Vaccination in Burma 1889-1999 - 1889-1999
Year: 1889
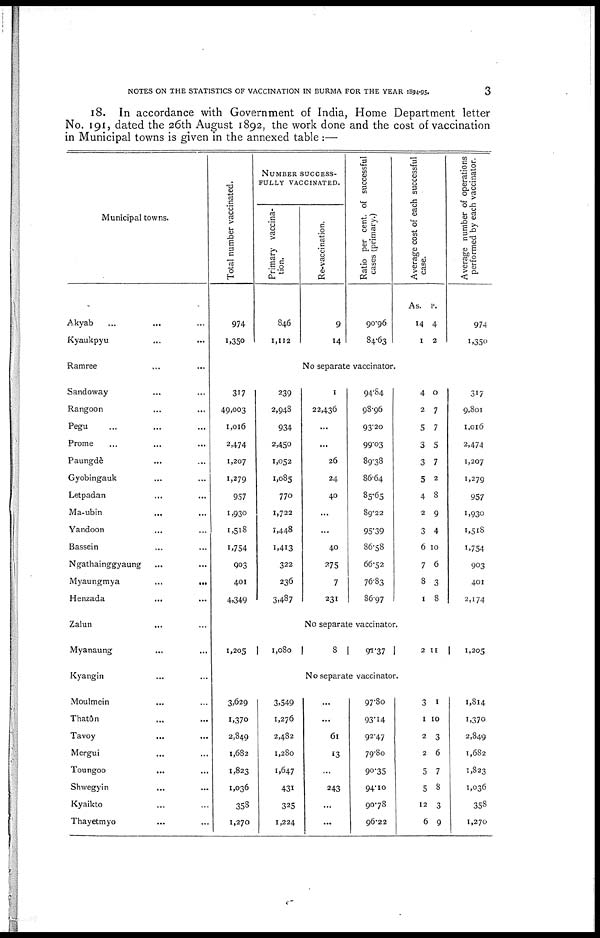
NOTES ON THE STATISTICS OF VACCINATION IN BURMA FOR THE YEAR 1894-95.
3
18. In accordance with Government of India, Home Department letter
No. 191, dated the 26th August 1892, the work done and the cost of vaccination
in Municipal towns is given in the annexed table:—
Municipal towns.
Akyab ... ... ...
Kyaukpyu ... ... ...
Ramree ... ... ...
Sandoway ... ... ...
Rangoon ... ... ...
Pegu ... ... ...
Prome ... ...
Paungdè ... ...
Gyobingauk ... ...
Letpadan ... ...
Ma-ubin ... ...
Yandoon ... ...
Bassein ... ...
Ngathainggyaung ... ...
Myaungmya
...
...
Henzada ... ...
Zalun
...
...
Myanaung ... ...
Kyangin ... ...
Moulmein ... ...
Thatôn ... ...
Tavoy ... ...
Mergui ... ...
Toungoo ... ...
Shwegyin ... ...
Kyaikto ... ...
Thayetmyo ... ...
Total number vaccinated.
974
1,350
NUMBER SUCCESS-
FULLY VACCINATED.
Primary vaccina-
tion.
846
1,112
Re-vaccination.
9
14
Ratio per cent. of successful
cases (primary.)
90.96
84.63
Average cost of each successful
case.
As.
14
1
P.
4
2
Average number of operations
performed by each vaccinator.
974
1,350
No separate vaccinator.
317
49,003
1,016
2,474
1,207
1,279
957
1,930
1,518
1,754
903
401
4,349
239
2,948
934
2,450
1,052
1,085
770
1,722
1,448
1,413
322
236
3,487
1
22,436
...
...
26
24
40
...
...
40
275
7
231
94.84
98.96
93.20
99.03
89.38
86.64
85.65
89.22
95.39
86.58
66.52
76.83
86.97
4
2
5
3
3
5
4
2
3
6
7
8
1
0
7
7
5
7
2
8
9
4
10
6
3
8
317
9,801
1,016
2,474
1,207
1,279
957
1,930
1,518
1,754
903
401
2,174
No separate vaccinator.
1,205
1,080
8
91.37
2 11
1,205
No separate vaccinator.
3,629
1,370
2,849
1,682
1,823
1,036
353
1,270
3,549
1,276
2,482
1,280
1,647
431
325
1,224
...
...
61
13
...
243
...
...
97.80
93.14
92.47
79.80
90.35
94.10
90.78
96.22
3
1
2
2
5
5
12
6
1
10
3
6
7
8
3
9
1,814
1,370
2,849
1,682
1,823
1,036
358
1,270